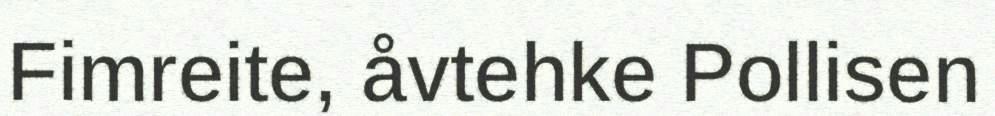
Fimreite, åvtehke Pollisen